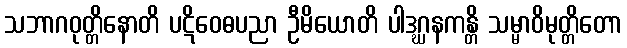
သဘာဂဝုတ္တိနောတိ ပဋိဝေဓပညာ ဦမိယောတိ ပါဒဂ္ဃနကန္တိ သမ္မာဝိမုတ္တိတော